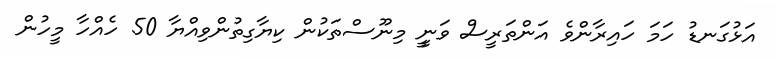
އަޅުގަނޑު ހަމަ ހައިރާންވެ އަންތަރީސް ވަނީީ މިނޫސްތަކުން ކިޔާގިތުންވިއްޔާ 50 ހެއްހާ މީހުން